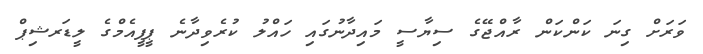
ވަރަށް ގިނަ ކަންކަން ރާއްޖޭގެ ސިޔާސީ މައިދާނުގައި ހައްލު ކުރެވިދާނެ ޕީޕީއެމްގެ ލީޑަރޝިޕް